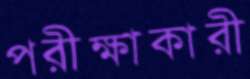
পরীক্ষাকারী